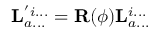
\mathbf { L } _ { a . . . } ^ { ' i . . . } = \mathbf { R } ( \phi ) \mathbf { L } _ { a . . . } ^ { i . . . }